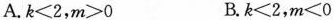
A.$$k<2$$，$$m>0$$ B.$$k<2$$，$$m<0$$